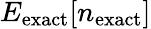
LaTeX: E_{\mathrm{exact}}[n_{\mathrm{exact}}]